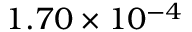
1 . 7 0 \times 1 0 ^ { - 4 }